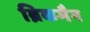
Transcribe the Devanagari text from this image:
ब्रिकमैन